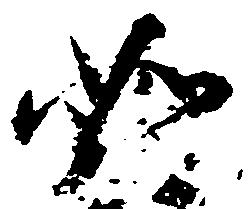
如